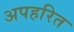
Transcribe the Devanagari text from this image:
अपहरित